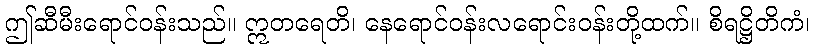
ဤဆီမီးရောင်ဝန်းသည်။ ဣတရေတိ၊ နေရောင်ဝန်းလရောင်းဝန်းတို့ထက်။ စိရဋ္ဌိတိကံ၊